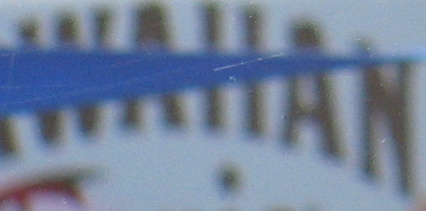
WAIIAN